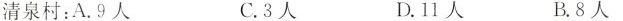
清泉村：A.9人 C.3人 D.11人 B.8人